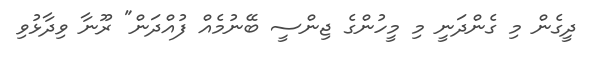
ދީގެން މި ގެންދަނީ މި މީހުންގެ ޖިންސީ ބޭނުމެއް ފުއްދަން" ރޫނާ ވިދާޅުވި